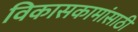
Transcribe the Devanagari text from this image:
विकासकामांसाठी